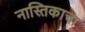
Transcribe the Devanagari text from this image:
नास्तिकाचा